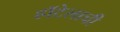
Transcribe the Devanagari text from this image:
हॉटेलाची